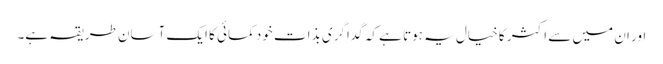
اور ان میں سے اکثر کا خیال یہ ہوتا ہے کہ گداگری بذات خود کمائی کا ایک آسان طریقہ ہے۔